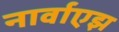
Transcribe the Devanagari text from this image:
नार्वाएझ